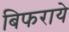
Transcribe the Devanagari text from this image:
बिफराये